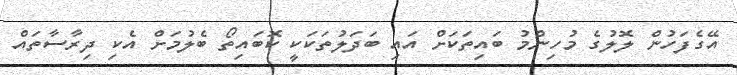
އޭގެފަހުން ލޮލުގެ މުހިންމު ބައިތަކަށް އައި ބަދަލުތަކަކީ ކޮބައިތޯ ބެލުމަށް އެކި ދިރާސާތައް